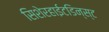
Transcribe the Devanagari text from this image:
सिशेरहाईटडिन्स्ट